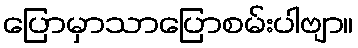
ပြောမှာသာပြောစမ်းပါဗျာ။